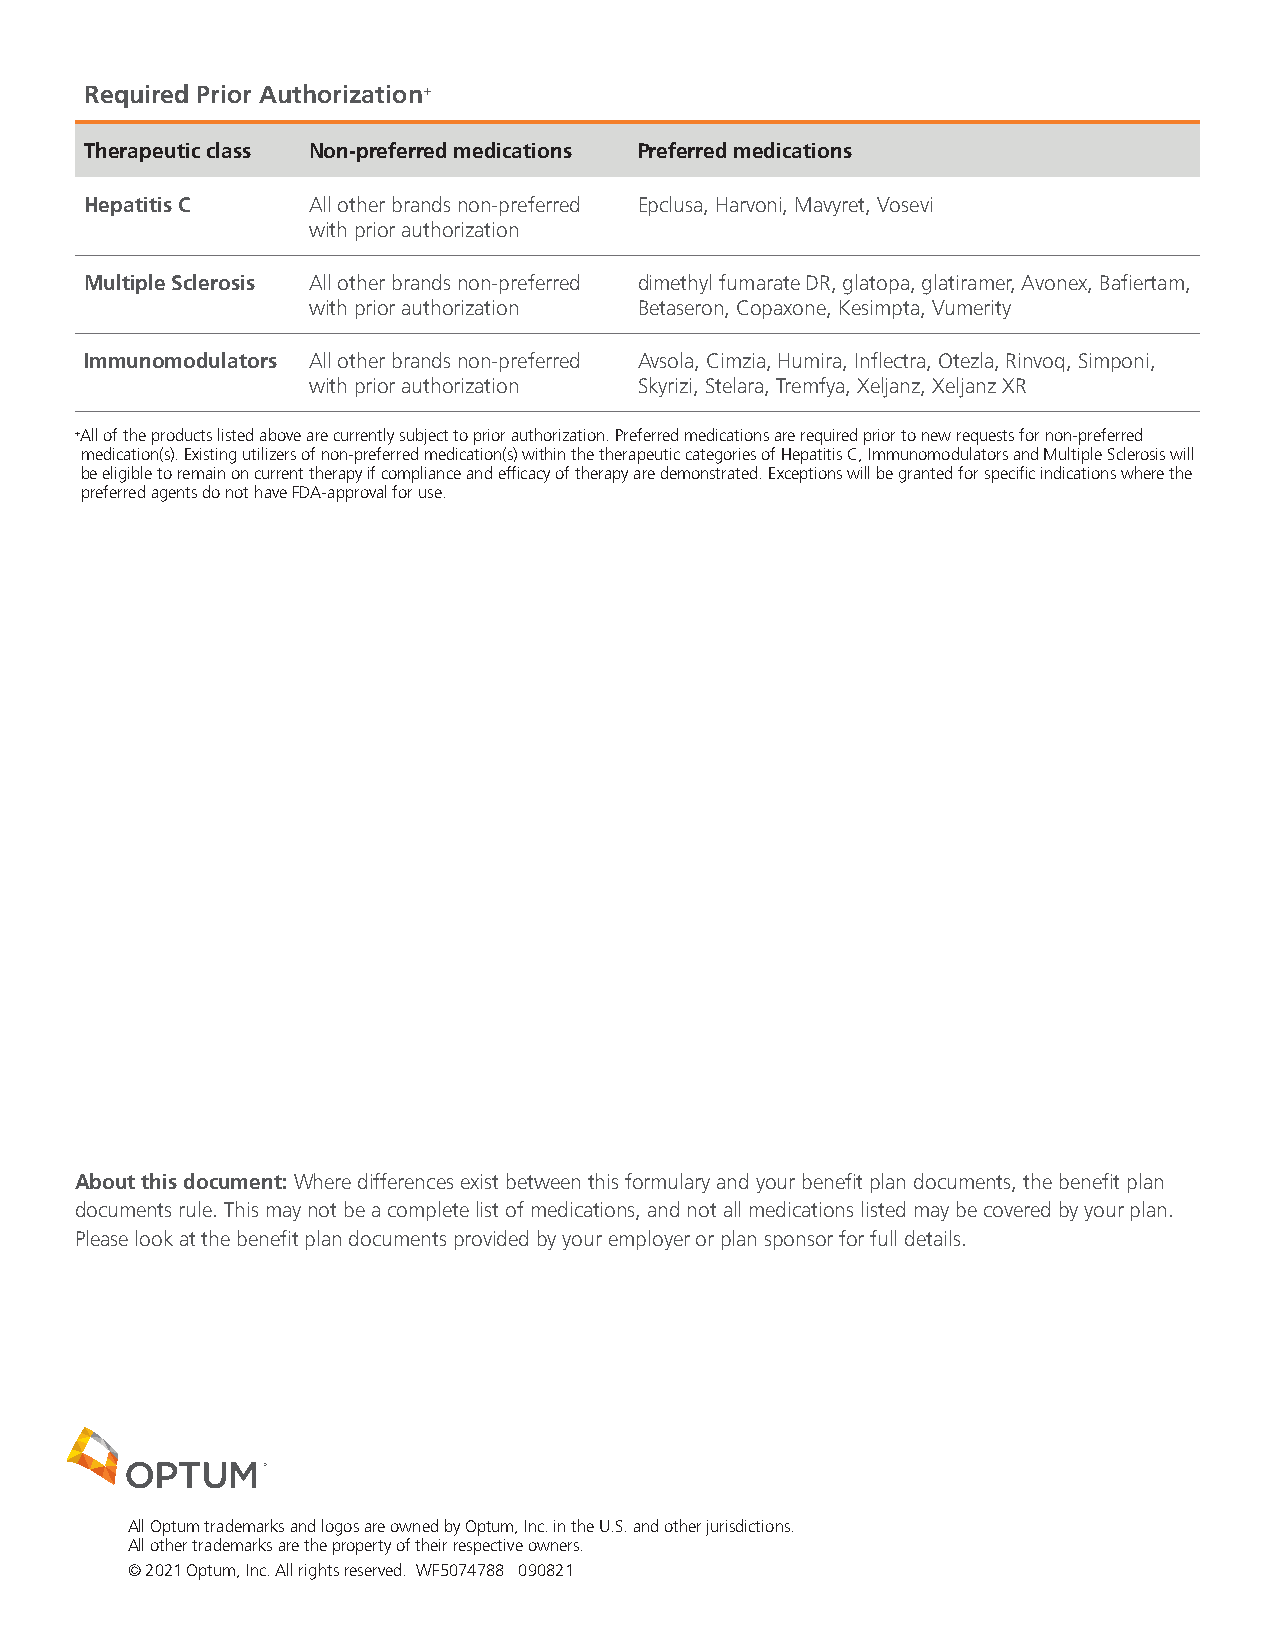
Required Prior Authorization+
 Therapeutic class Non-preferred medications Preferred medications
 Hepatitis C   All other brands non-preferred Epclusa, Harvoni, Mavyret, Vosevi
 with prior authorization
 Multiple Sclerosis All other brands non-preferred dimethyl fumarate DR, glatopa, glatiramer, Avonex, Bafiertam,
 with prior authorization Betaseron, Copaxone, Kesimpta, Vumerity
 Immunomodulators All other brands non-preferred Avsola, Cimzia, Humira, Inflectra, Otezla, Rinvoq, Simponi,
 with prior authorization Skyrizi, Stelara, Tremfya, Xeljanz, Xeljanz XR
 + All of the products listed above are currently subject to prior authorization. Preferred medications are required prior to new requests for non-preferred
 medication(s). Existing utilizers of non-preferred medication(s) within the therapeutic categories of Hepatitis C, Immunomodulators and Multiple Sclerosis will
 be eligible to remain on current therapy if compliance and efficacy of therapy are demonstrated. Exceptions will be granted for specific indications where the
 preferred agents do not have FDA-approval for use.
 About this document: Where differences exist between this formulary and your benefit plan documents, the benefit plan
 documents rule. This may not be a complete list of medications, and not all medications listed may be covered by your plan.
 Please look at the benefit plan documents provided by your employer or plan sponsor for full details.
 All Optum trademarks and logos are owned by Optum, Inc. in the U.S. and other jurisdictions.
 All other trademarks are the property of their respective owners.
 © 2021 Optum, Inc. All rights reserved. WF5074788 090821